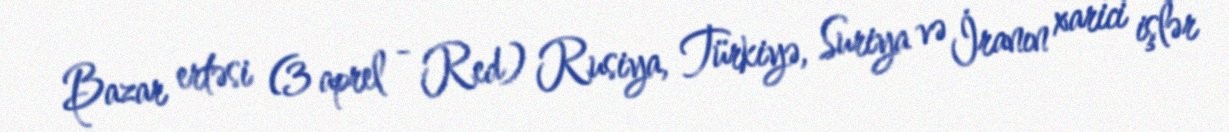
Bazar ertəsi (3 aprel - Red) Rusiya, Türkiyə, Suriya və İranın xarici işlər